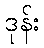
ဒုန်း